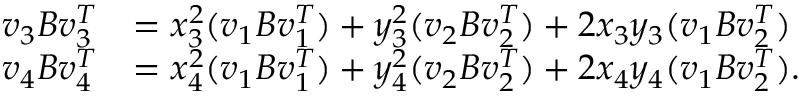
\begin{array} { r l } { v _ { 3 } B v _ { 3 } ^ { T } } & { = x _ { 3 } ^ { 2 } ( v _ { 1 } B v _ { 1 } ^ { T } ) + y _ { 3 } ^ { 2 } ( v _ { 2 } B v _ { 2 } ^ { T } ) + 2 x _ { 3 } y _ { 3 } ( v _ { 1 } B v _ { 2 } ^ { T } ) } \\ { v _ { 4 } B v _ { 4 } ^ { T } } & { = x _ { 4 } ^ { 2 } ( v _ { 1 } B v _ { 1 } ^ { T } ) + y _ { 4 } ^ { 2 } ( v _ { 2 } B v _ { 2 } ^ { T } ) + 2 x _ { 4 } y _ { 4 } ( v _ { 1 } B v _ { 2 } ^ { T } ) . } \end{array}